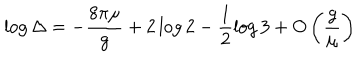
\log \Delta = - \frac { 8 \pi \mu } { g } + 2 \log 2 - \frac 1 2 \log 3 + O \left( \frac { g } { \mu } \right)